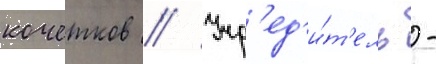
кочетков // Учр'ед'и́т'ель -